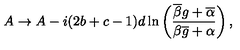
A \rightarrow A - i ( 2 b + c - 1 ) d \ln \left( \frac { \overline { { \beta } } g + \overline { { \alpha } } } { \beta \overline { { g } } + \alpha } \right) ,